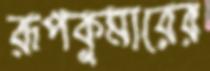
রূপকুমারের